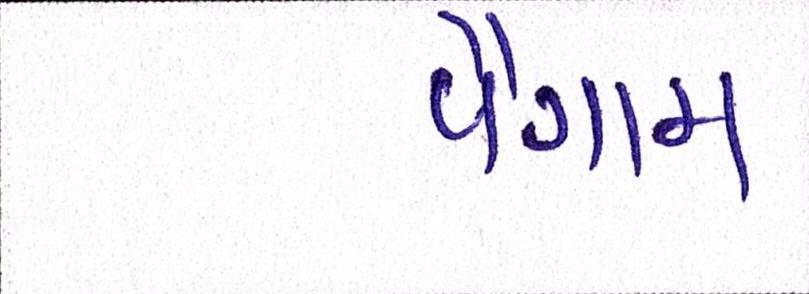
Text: પૈગામ